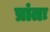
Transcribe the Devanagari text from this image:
प्रांतः